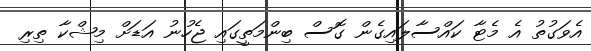
އެވަގުތު އެ މެޓާ ކައްސާލައިގެން ގޮސް ބިންމަތީގައި ޖެހުނު އަޑަށް މިޝްކާ ތިރި